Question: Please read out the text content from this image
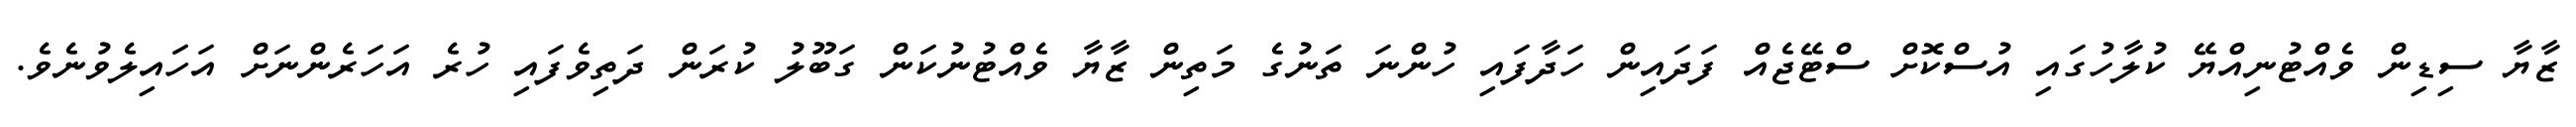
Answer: ޒާޔާ ސިޑިން ވެއްޓުނިއްޔޭ ކުލާހުގައި އުސްކޮށް ސްޓޭޖެއް ފަދައިން ހަދާފައި ހުންނަ ތަނުގެ މަތިން ޒާޔާ ވެއްޓުނުކަން ގަބޫލު ކުރަން ދަތިވެފައި ހުރެ އަހަރެންނަށް އަހައިލެވުނެވެ.